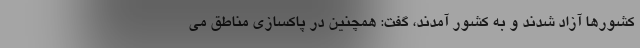
کشورها آزاد شدند و به کشور آمدند، گفت: همچنین در پاکسازی مناطق می